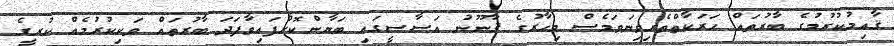
ޤާއިމުކުރުމުގެ ބާރުތައް ހަރަކާތްތެރިވިނަވަމެސް މިހާރުގެ ޤާނޫނު އަސާސީގައި ބަޔާންކޮށްފައިވާފަދަ ބާރުތައް ވަކިކުރުމެއް ކުރީގެ